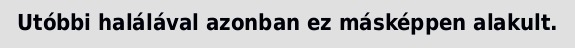
Utóbbi halálával azonban ez másképpen alakult.